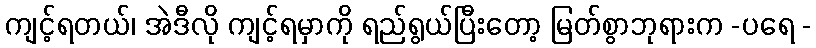
ကျင့်ရတယ်၊ အဲဒီလို ကျင့်ရမှာကို ရည်ရွယ်ပြီးတော့ မြတ်စွာဘုရားက -ပရေ -